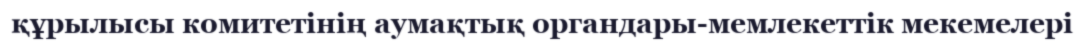
құрылысы комитетінің аумақтық органдары-мемлекеттік мекемелері